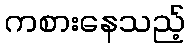
ကစားနေသည့်